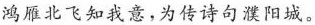
鸿雁北飞知我意，为传诗句濮阳城。